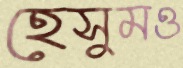
হেসুমও